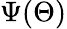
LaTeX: \Psi(\Theta)